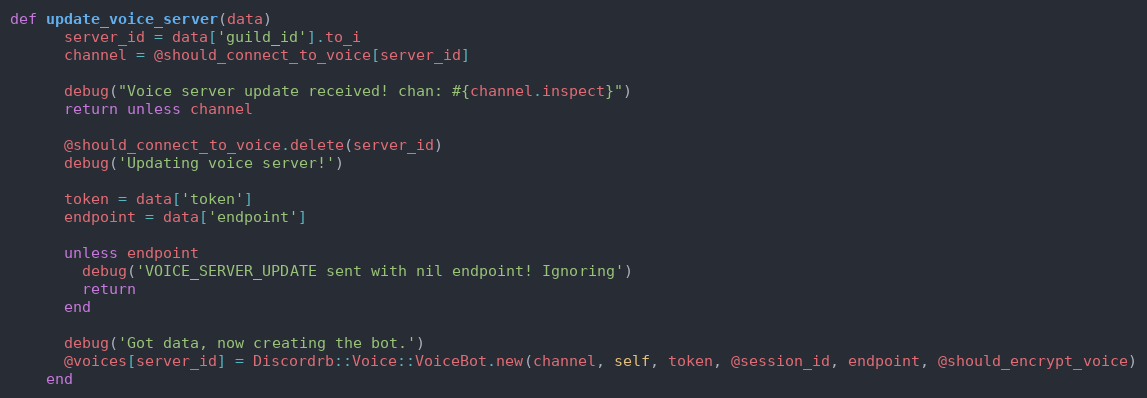
Language: Ruby
def update_voice_server(data)
      server_id = data['guild_id'].to_i
      channel = @should_connect_to_voice[server_id]

      debug("Voice server update received! chan: #{channel.inspect}")
      return unless channel

      @should_connect_to_voice.delete(server_id)
      debug('Updating voice server!')

      token = data['token']
      endpoint = data['endpoint']

      unless endpoint
        debug('VOICE_SERVER_UPDATE sent with nil endpoint! Ignoring')
        return
      end

      debug('Got data, now creating the bot.')
      @voices[server_id] = Discordrb::Voice::VoiceBot.new(channel, self, token, @session_id, endpoint, @should_encrypt_voice)
    end